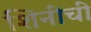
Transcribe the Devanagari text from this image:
शिनीची